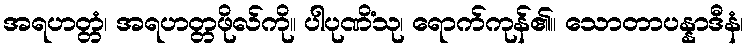
အရဟတ္တံ၊ အရဟတ္တဖိုလ်ကို။ ပါပုဏိံသု၊ ရောက်ကုန်၏။ သောတာပန္နာဒီနံ၊